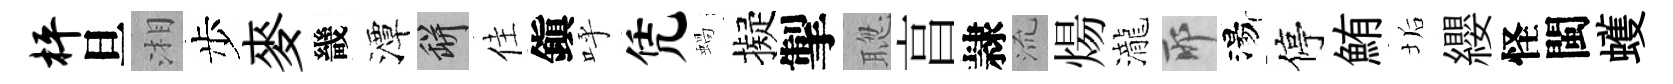
枰旦湘步麥畿潭瓶佳鎭呼凭蝸擬掣聦亯隷𣴑煬瀧耶湯停鮪垢纓怪閩蠖